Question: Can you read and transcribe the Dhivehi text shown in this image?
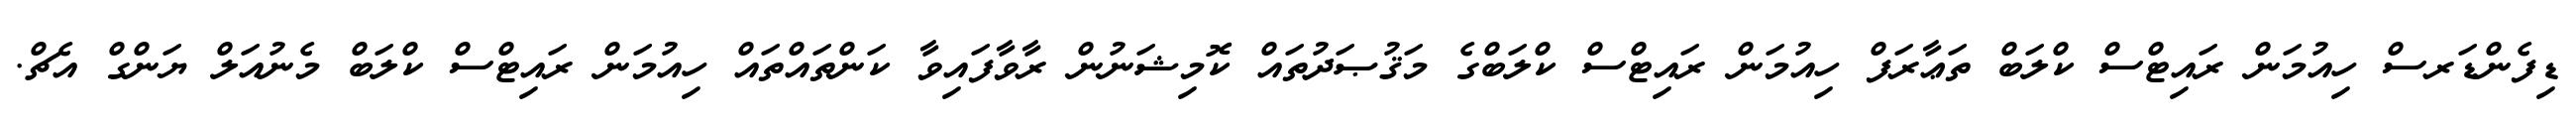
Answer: ޑިފެންޑަރސް ހިއުމަން ރައިޓްސް ކްލަބް ތަޢާރަފް ހިއުމަން ރައިޓްސް ކްލަބްގެ މަޤުޞަދުތައް ކޮމިޝަނުން ރާވާފައިވާ ކަންތައްތައް ހިއުމަން ރައިޓްސް ކްލަބް މެނުއަލް ޔަންގް އެޗް.